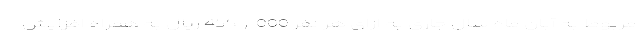
مربوط به آبان ماه سال جاری به ازای هر نفر 455,000 ریال به همراه افزایش